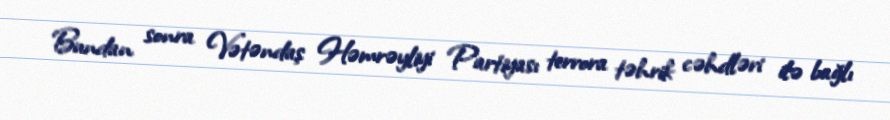
Bundan sonra Vətəndaş Həmrəyliyi Partiyası terrora təhrik cəhdləri ilə bağlı